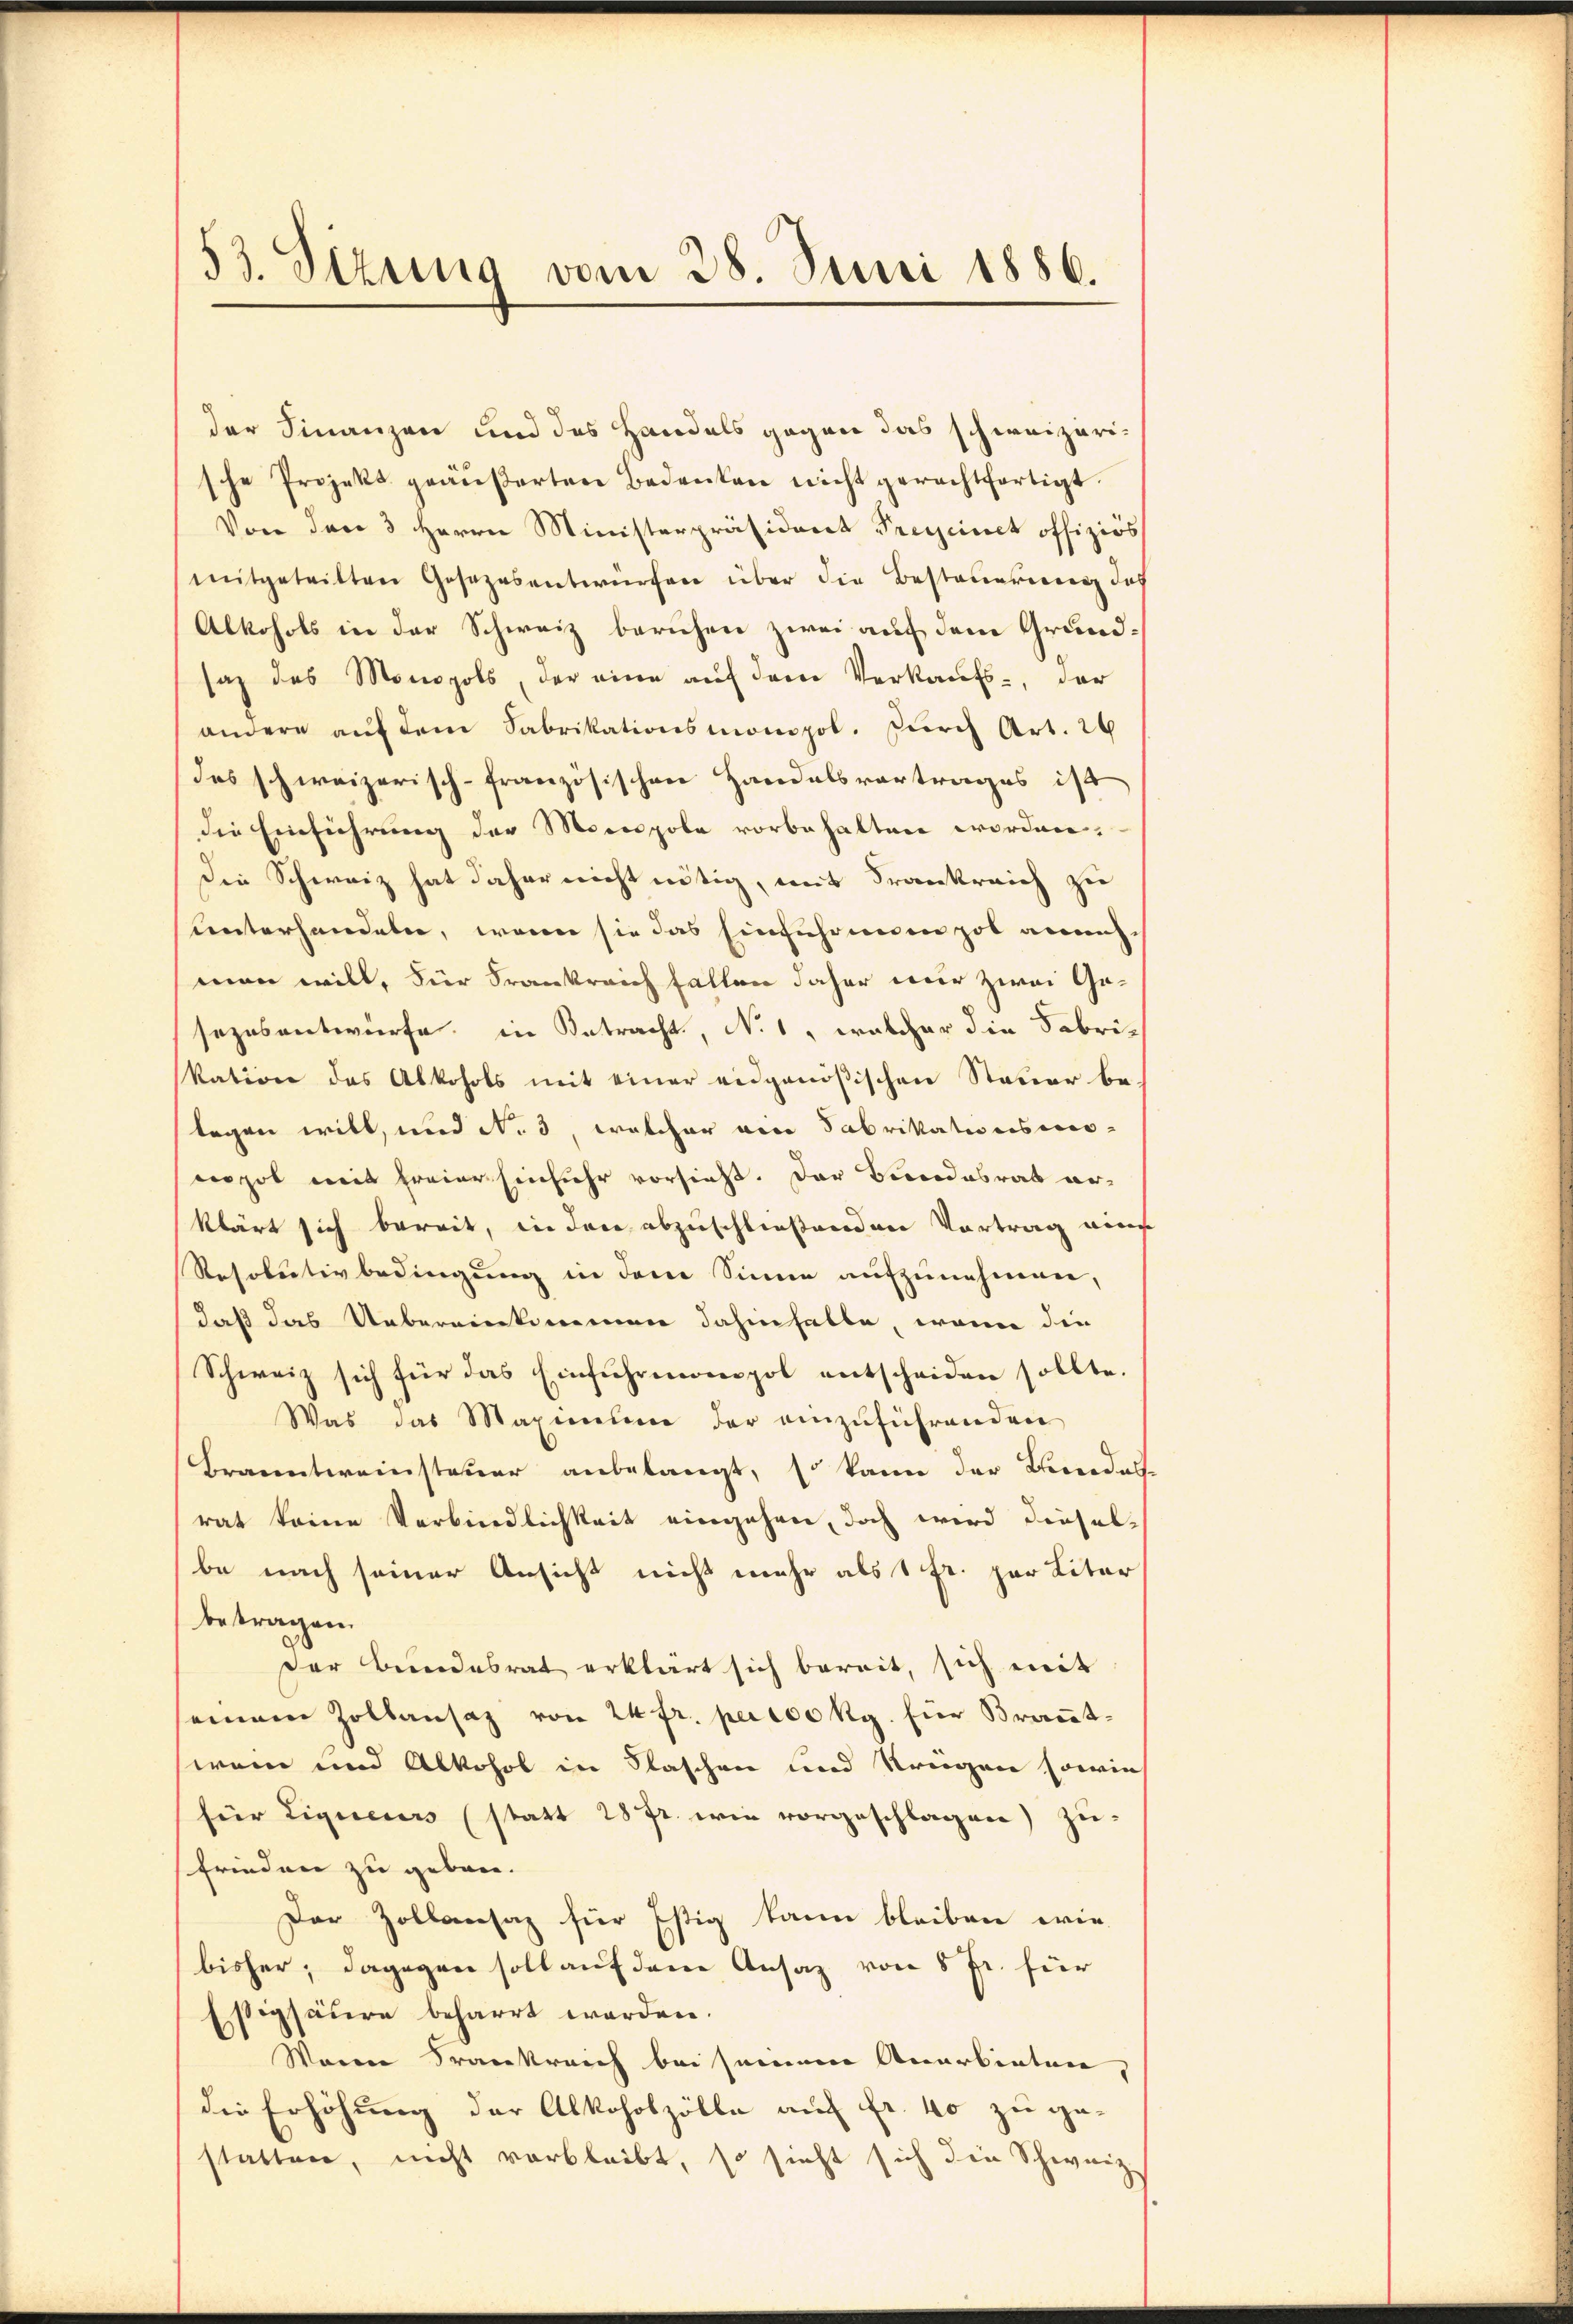
53. Sizung vom 28. Juni 1886.

der Finanzen und des Handels gegen das schweizerische Projekt geäußerten Bedenken nicht gerechtfertigt.
Von der 3 Herrn Ministerpräsident Freyeinck offiziös
mitgeteilten Gesezesentwürfen über die Besteuerung das
Alkohols in der Schweiz beruhen zwei auf dem Grundsaz des Monopols, der eine auf dem Verkaufs-, der
andere aŭf dem Fabrikationsmonopol. Zŭrch Art. 26
Das schweizerisch-französischen Handelsvortrages ist
die Einführung der Monopole vorbehalten worden.
Die Schweiz hat daher nicht nötig, mit Frankreich zu
unterhandeln, wenn sie das Einführenen pot annah
man will, Für Frankreich fallen daher wir zwei Gesezesantwürfe, in Betracht, No 1, welcher die Fabrikation das Alkohols mit einer eidgenößischen Steuer belegen will, und No. 3, welcher ein Fabrikationsver-
enpol mit freier Einfuhr vorsieht. Der Bundesrat erklärt sich bereit, in den abzuschließenden Vortrag eine
Resolutivbedingung in dem Sinne aufzunehmen,
daß das Uebereinkommen dahinhalte, wenn die
Schweiz sich für das Einfuhrmonopol entscheiden sollte.
Was das Maximum der einzŭführenden
Branntweinsteuer anbelangt, so kann der Bendass
rat keine Verbindlichkeit eingehen, doch wird dieselbe nach seiner Ansicht nicht mehr als 1 Fr. zur Liter
betragen.
Der Bundesrat erklärt sich bereit, sich mit
einem Zollansaz von 24 fr. pero0 Kg. für Braut-
wen und Alkohol in Staschen und Kriegen sowie
für Liquerers (statt 28 f. wie vorgeschlagen) zu-
frieden zu geben.
Der Zollansaz für Estig kann bleiben wie
bisher; dagegen soll auf dem Ansaz von 8 Fr. für
sigsäure beharrt werden.
Warne Frankreich bei seinem Anerbieten,
die Erhöhung der Alkoholzölle auf fr. 40 zu ge-
statten, nicht verbleibt, so sieht sich die Schweiz.